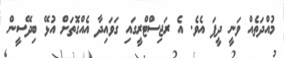
މުއްދަތެއް ވަނީ ދީފަ އެވެ. އެ ރަޖިސްޓްރީގައި ގަވައިދާ އެއްގޮތަށް އުޅޭ ބިދޭސީން